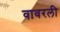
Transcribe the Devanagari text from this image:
वावरली